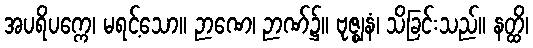
အပရိပက္ကေ၊ မရင့်သော။ ဉာဏေ၊ ဉာဏ်၌။ ဗုဇ္ဈနံ၊ သိခြင်းသည်။ နတ္ထိ၊